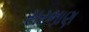
સરભાણ